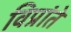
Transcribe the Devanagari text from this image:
विप्रांते